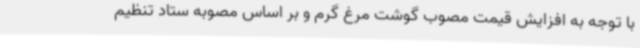
با توجه به افزایش قیمت مصوب گوشت مرغ گرم و بر اساس مصوبه ستاد تنظیم